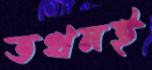
তখনই